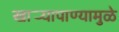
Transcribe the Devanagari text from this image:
खार्‍यापाण्यामुळे